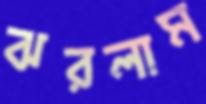
ঝরলাম